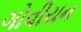
ગોવીયન